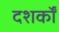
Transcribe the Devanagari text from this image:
दशर्कों